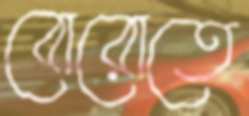
বোরোতে